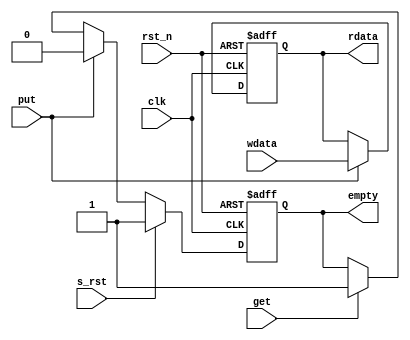
// (C) 2001-2016 Intel Corporation. All rights reserved.
// Your use of Intel Corporation's design tools, logic functions and other 
// software and tools, and its AMPP partner logic functions, and any output 
// files any of the foregoing (including device programming or simulation 
// files), and any associated documentation or information are expressly subject 
// to the terms and conditions of the Intel Program License Subscription 
// Agreement, Intel MegaCore Function License Agreement, or other applicable 
// license agreement, including, without limitation, that your use is for the 
// sole purpose of programming logic devices manufactured by Intel and sold by 
// Intel or its authorized distributors.  Please refer to the applicable 
// agreement for further details.


//
// Parameterizable width data buffer
// Meant to be used for THR & RB
// Conceptually a 1-deep FIFO
//
`timescale 1 ps / 1 ps
module altr_i2c_databuffer #(
   parameter DSIZE = 8
) (
   input  clk,
   input  rst_n,
   input  s_rst,  //Sync Reset - when Mode is disabled
   input  put,
   input  get,
   output reg empty,
   input  [DSIZE-1:0] wdata,
   output reg [DSIZE-1:0] rdata
);

//BUFFER storage
always @(posedge clk or negedge rst_n) begin
  if (!rst_n) begin
	  rdata <= {DSIZE{1'b0}};
  end
  else if (put) begin
	  rdata <= wdata; 
  end
end

//EMPTY Indicator
always @(posedge clk or negedge rst_n) begin
   if (!rst_n)
      empty <= 1;
   else begin
      empty <= s_rst ? 1 :
               put   ? 0 :
               get   ? 1 :
               empty;
   end
   
end

endmodule